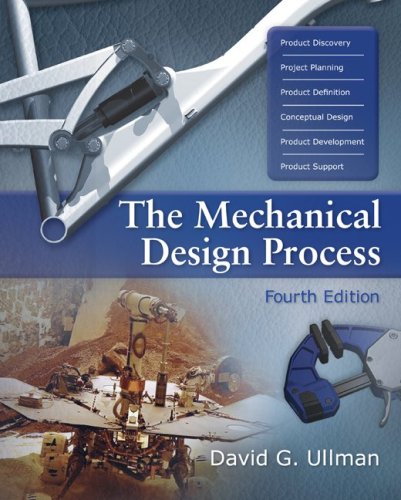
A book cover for The Mechanical Design Process (McGraw-Hill Series in Mechanical Engineering); David Ullman; Engineering & Transportation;